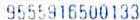
9555916500133